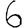
Digit: 6